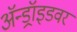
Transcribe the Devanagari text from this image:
ॲन्ड्रॉइडवर